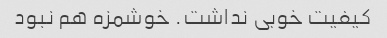
کیفیت خوبی نداشت. خوشمزه هم نبود